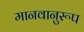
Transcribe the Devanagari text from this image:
मानवानुरूप